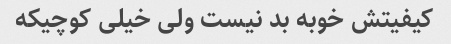
کیفیتش خوبه بد نیست ولی خیلی کوچیکه